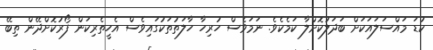
ކުޑަ މައްސަލައަކަށް ބަދަލުކޮށްލާ ކަމެކެވެ. ނަމަވެސް ހުރިހާ ހާލަތުތަކުގައިވެސް އެހީތެރިކަން ފޯރުކޮށްދޭން ތިބޭ